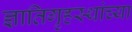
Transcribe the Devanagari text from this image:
ज्ञातिगृहस्थांच्या